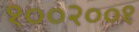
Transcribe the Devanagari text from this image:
१००२००१